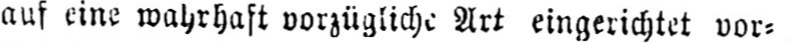
auf eine wahrhaft vorzügliche Art eingerichtet vor⸗